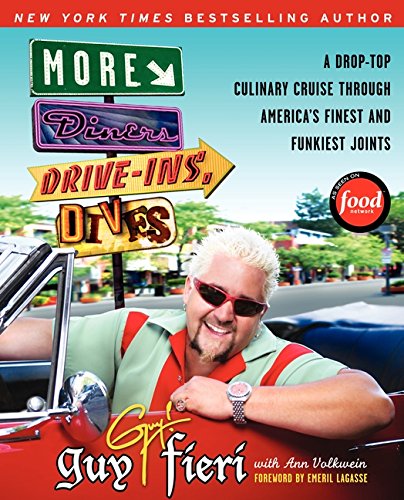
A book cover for More Diners, Drive-ins and Dives: A Drop-Top Culinary Cruise Through America's Finest and Funkiest Joints; Guy Fieri; Travel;